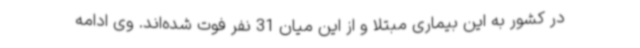
در کشور به این بیماری مبتلا و از این میان 31 نفر فوت شده‌اند. وی ادامه